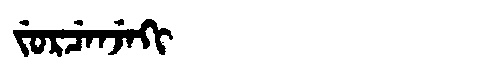
Manchu: ᠵᡠᡵᠴᡝᠨᠵᡝᡴᡳ
Romanization: JURCENJEKI